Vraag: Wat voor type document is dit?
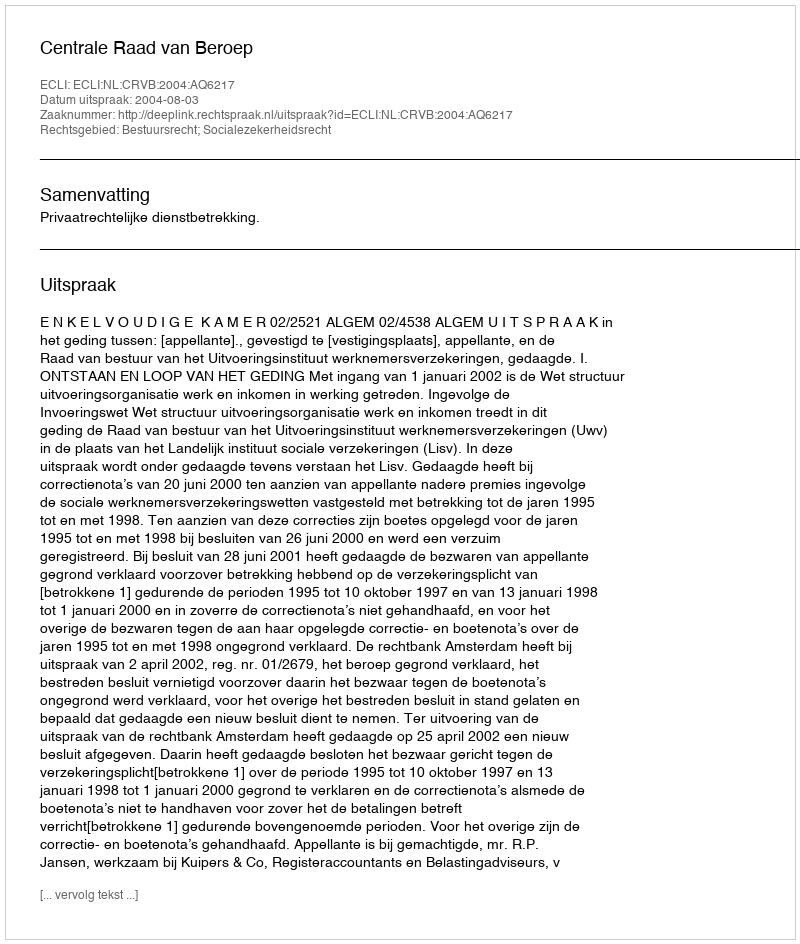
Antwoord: Uitspraak